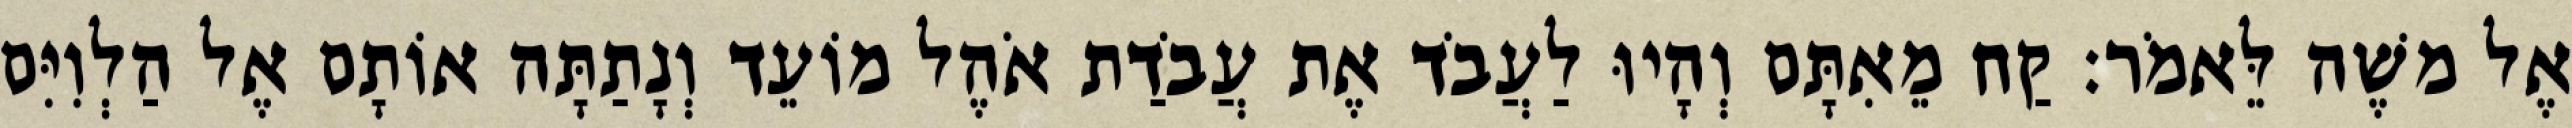
אֶל משֶׁה לֵּאמֹר׃ קַח מֵאִתָּם וְהָיוּ לַעֲבֹד אֶת עֲבֹדַת אֹהֶל מוֹעֵד וְנָתַתָּה אוֹתָם אֶל הַלְוִיִּם